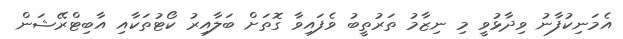
އެމަނިކުފާނު ވިދާޅުވީ މި ނިޒާމު ތަރުތީބު ވެފައިވާ ގޮތަށް ބަލާއިރު ކޯޓުތަކާއި އާބިޓްރޭޝަން